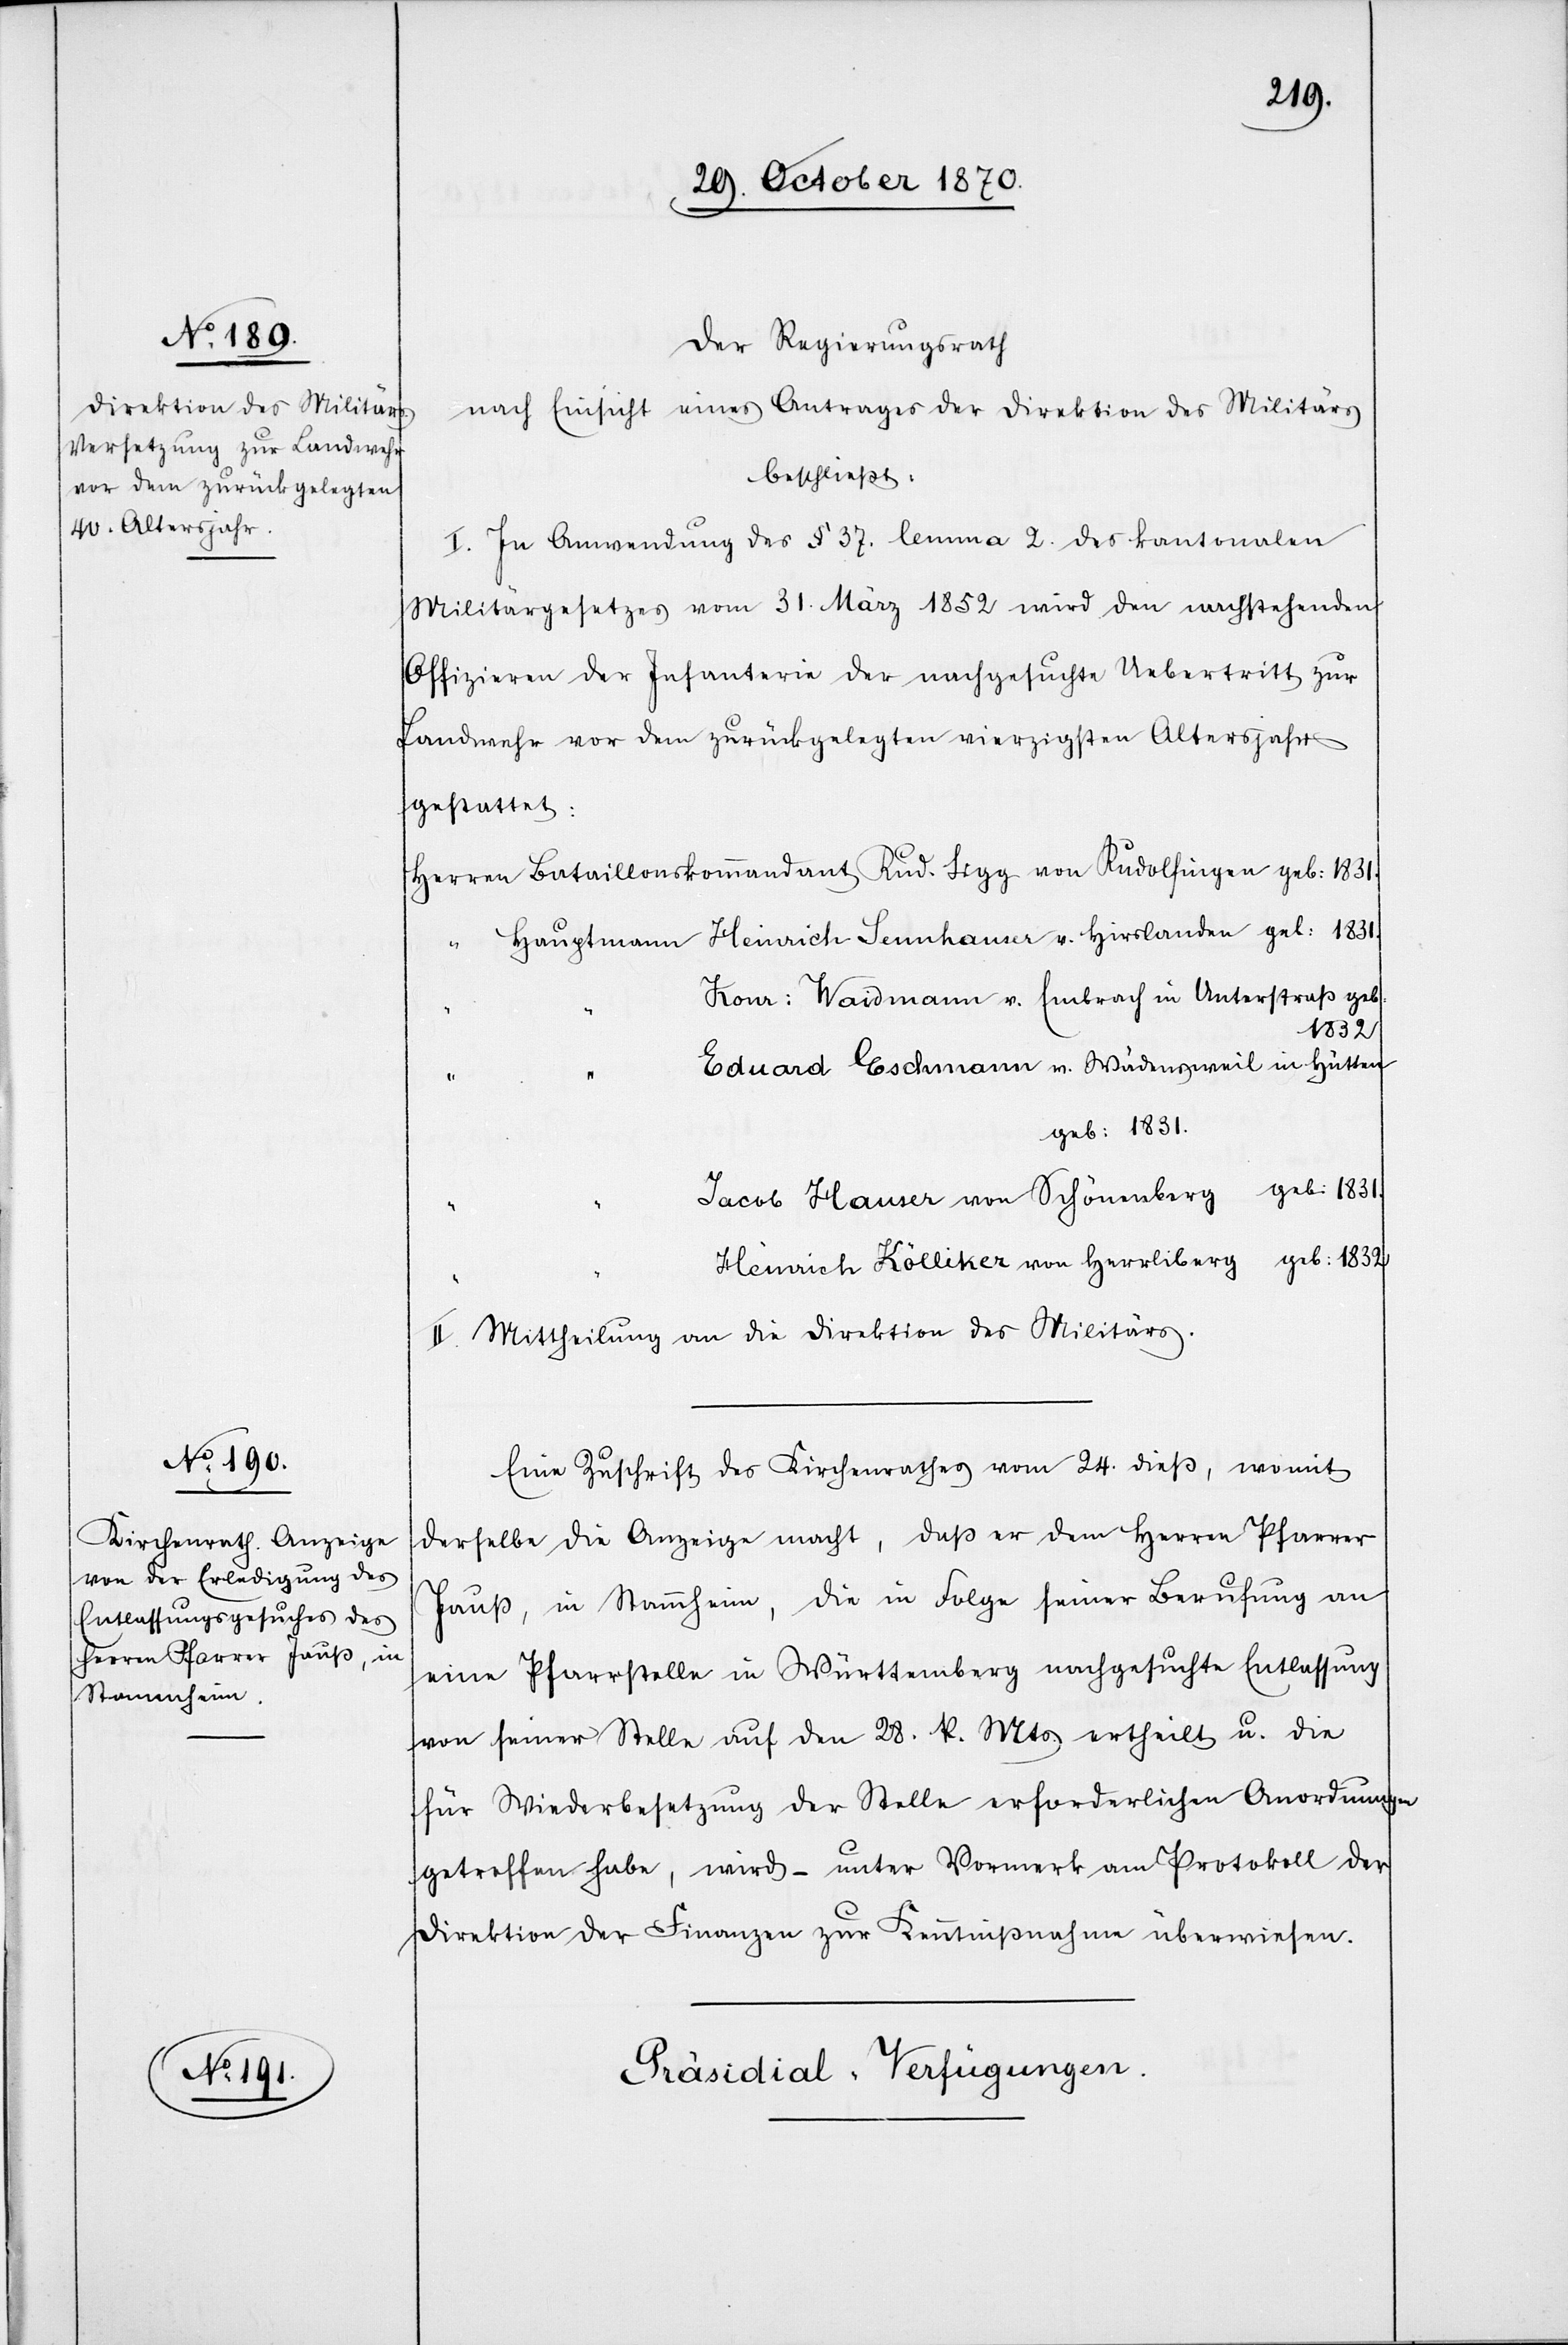
Der Regierungsrath
nach Einsicht eines Antrages der Direktion des Militärs,
beschließt:
I. In Anwendung des § 37. lemma 2. des kantonalen
Militärgesetzes vom 31. März 1852 wird den nachstehenden
Offizieren der Infanterie der nachgesuchte Uebertritt zur
Landwehr vor dem zurückgelegten vierzigsten Altersjahr
gestattet:
Herren Bataillonskommandant Rud. Sigg von Rudolfingen geb: 1831.
Hauptmann Heinrich Sennhauser v. Hirslanden geb: 1831.
“
Konr: Waidmann v. Embrach in Unterstraß geb:
1832.
Eduard Eschmann v. Wädensweil in Hütten
geb: 1831.
Jacob Hauser von Schönenberg geb: 1831.
Heinrich Kölliker von Herrliberg geb: 1832.
II. Mittheilung an die Direktion des Militärs.
Eine Zuschrift des Kirchenrathes vom 24. dieß, womit
derselbe die Anzeige macht, daß er dem Herren Pfarrer
Jauß, in Stammheim, die in Folge seiner Berufung an
eine Pfarrstelle in Württemberg nachgesuchte Entlassung
von seiner Stelle auf den 28. k. Mts. ertheilt u. die
für Wiederbesetzung der Stelle erforderlichen Anordnungen
getroffen habe, wird – unter Vormerk am Protokoll der
Direktion der Finanzen zur Kenntnißnahme überwiesen.
Präsidial-Verfügungen.